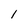
Character: 1